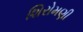
શિરોમણી